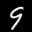
Digit: 9